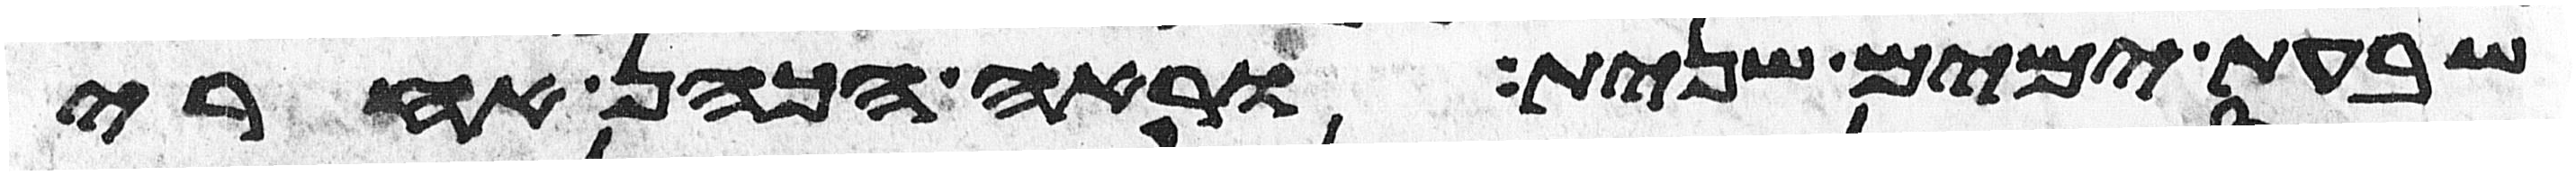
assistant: שבעת ימים שנית וראה הכהן אחרי